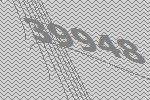
39948